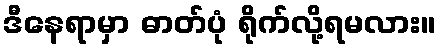
ဒီနေရာမှာ ဓာတ်ပုံ ရိုက်လို့ရမလား။